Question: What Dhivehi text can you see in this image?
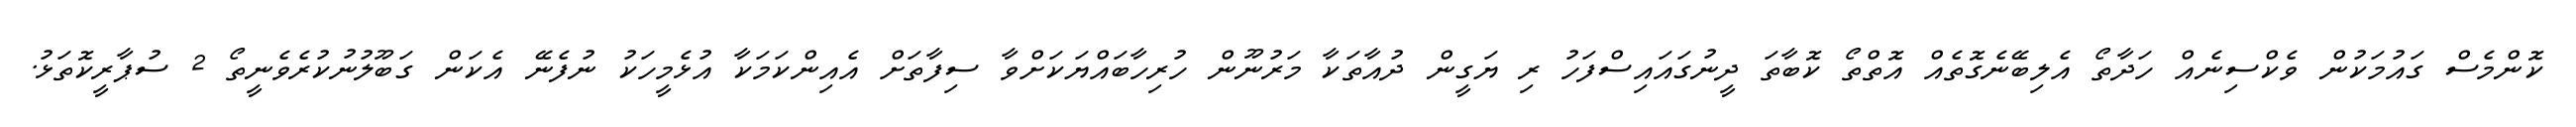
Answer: ކޮންމެސް ގައުމަކުން ވެކްސިނެއް ހަދާތޯ އެލިބޭނެގޮތެއް އޮތްތޯ ކޮބާތަ ދީނުގައައިސްފަހު ރި ޔަގީން ދުއާތަކާ މަރުނޫން ހުރިހާބައްޔަކަށްވާ ސިފާތަށް އެއިންކަމަކާ އުޅެމީހަކު ނުފެނޭ އެކަން ގަބޫލުނުކުރެވެނީތޯ 2 ސުޕާރީކޮތަޅު.